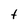
Character: t